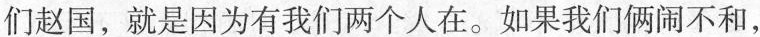
们赵国，就是因为有我们两个人在。如果我们俩闹不和，